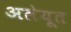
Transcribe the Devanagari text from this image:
अलेयूत